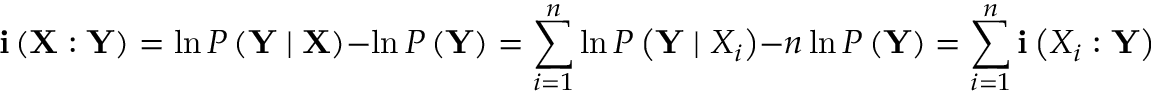
\mathbf { i } \left( \mathbf { X } : \mathbf { Y } \right) = \ln { P \left( \mathbf { Y } \mid \mathbf { X } \right) } - \ln { P \left( \mathbf { Y } \right) } = \sum _ { i = 1 } ^ { n } \ln { P \left( \mathbf { Y } \mid X _ { i } \right) } - n \ln { P \left( \mathbf { Y } \right) } = \sum _ { i = 1 } ^ { n } \mathbf { i } \left( X _ { i } : \mathbf { Y } \right)